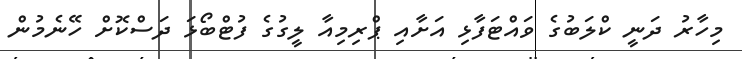
މިހާރު ދަނީ ކްލަބުގެ ވައްޓަފާޅި އަށާާއި ޕްރިމިއާ ލީގުގެ ފުޓްބޯޅަ ދަސްކޮށް ހޭނެމުން